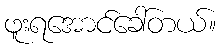
ဖူးရအောင်ခေါ်တယ်။